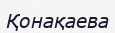
Қонақаева